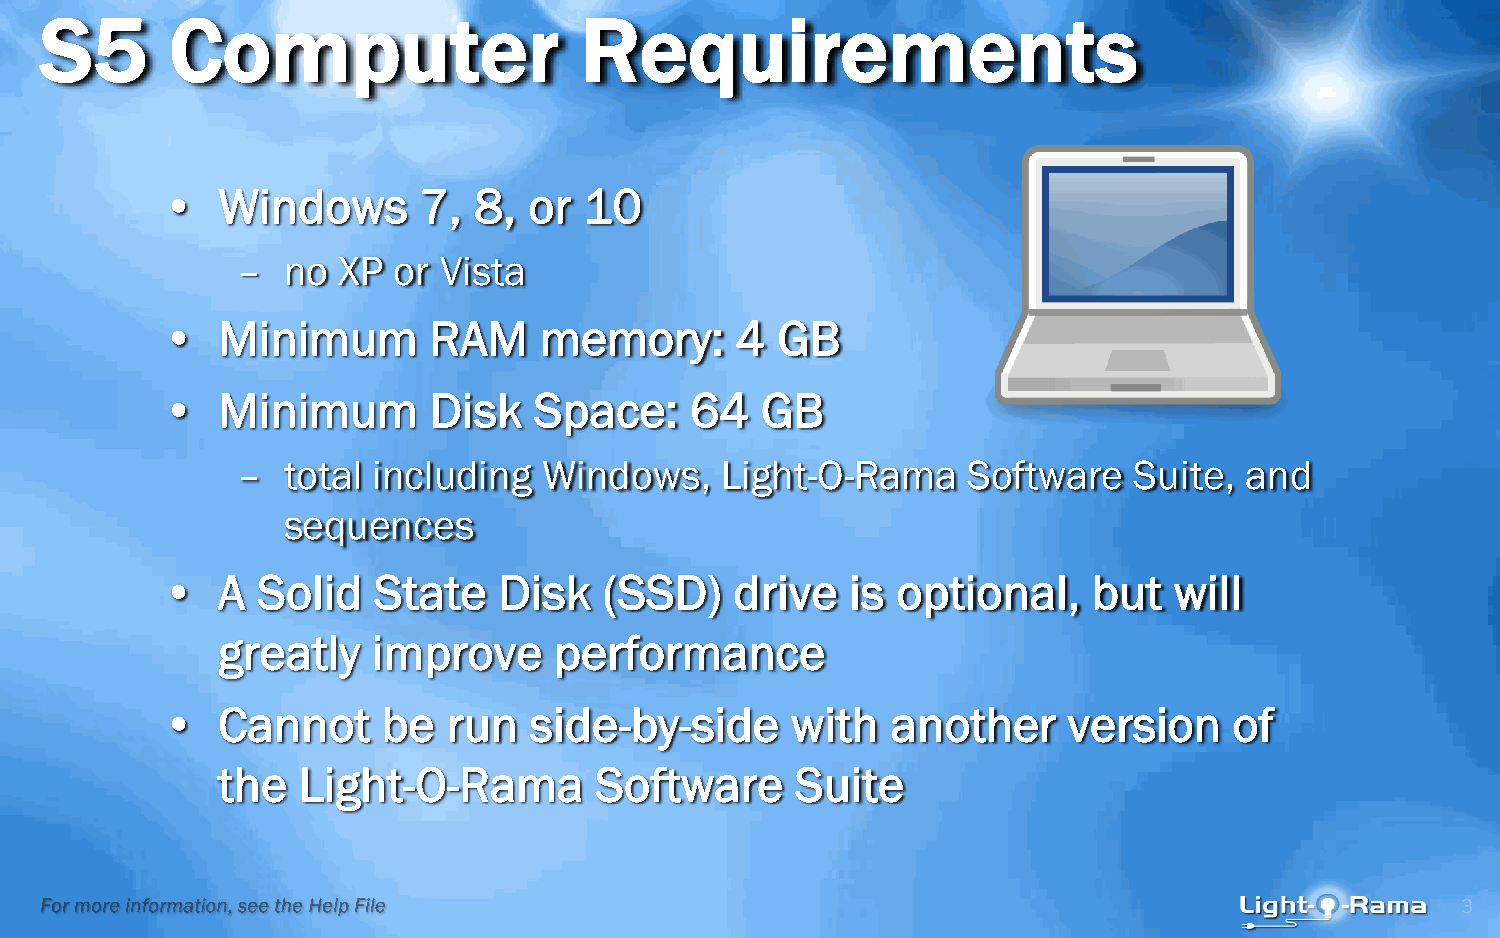
S5      Computer                   Requirements
 •  Windows       7, 8,  or  10
 –  no XP  or Vista
 •  Minimum       RAM     memory:      4 GB
 •  Minimum       Disk   Space:     64  GB
 –  total including  Windows,    Light-O-Rama    Software   Suite, and
 sequences
 •  A  Solid   State   Disk   (SSD)    drive  is optional,    but   will
 greatly    improve     performance
 •  Cannot     be   run  side-by-side     with   another     version    of
 the   Light-O-Rama       Software      Suite
 3